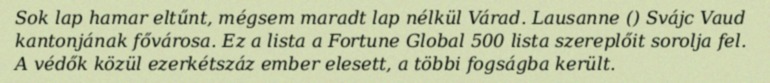
Sok lap hamar eltűnt, mégsem maradt lap nélkül Várad. Lausanne () Svájc Vaud kantonjának fővárosa. Ez a lista a Fortune Global 500 lista szereplőit sorolja fel. A védők közül ezerkétszáz ember elesett, a többi fogságba került.